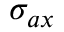
\sigma _ { a x }